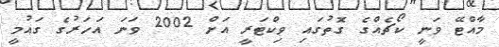
މާއްޓޭ ވަނީ ކޯޗެއްގެ ގޮތުގައި ވިކްޓަރީ އަށް 2002 ވަނަ އަހަރުގެ ގައުމީ